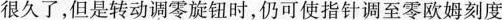
很久了，但是转动调零旋钮时，仍可使指针调至零欧姆刻度